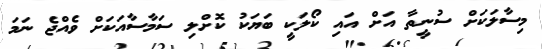
މިސާލަކަށް ސުނީތާ އަށް އައި ކޯލަކީ ބަޔަކު ކޮށްލި ސަމާސާއަކަށް ވެއްޖެ ނަމަ